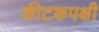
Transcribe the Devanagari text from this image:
कीटकपक्षी